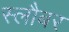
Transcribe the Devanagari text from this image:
स्लौबर